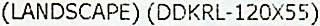
(LANDSCAPE) (DDKRL-120X55)